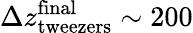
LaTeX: \Delta z_{\mathrm{tweezers}}^{\mathrm{final}}\sim 200